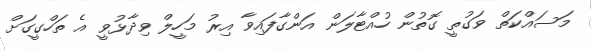
މަސައްކަތް ވަގުތީ ގޮތުން ހުއްޓާލަން އަންގާފައިވާ އިރު މަހީލް ވިދާޅުވީ އެ ތަހްގީގަށް